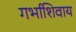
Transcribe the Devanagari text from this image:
गर्भाशिवाय